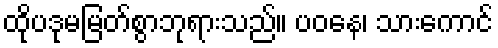
ထိုပဒုမမြတ်စွာဘုရားသည်။ ပဝနေ၊ သားကောင်